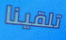
تلقينا